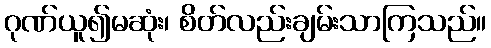
ဂုဏ်ယူ၍မဆုံး၊ စိတ်လည်းချမ်းသာကြသည်။